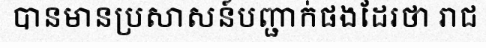
បានមានប្រសាសន៍បញ្ជាក់ផងដែរថា រាជ